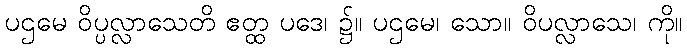
ပဌမေ ဝိပ္ပလ္လာသေတိ ဧတ္ထ ပဒေ၊ ၌။ ပဌမေ၊ သော။ ဝိပလ္လာသေ၊ ကို။